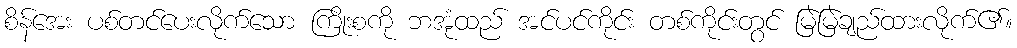
စိန်အေး ပစ်တင်ပေးလိုက်သော ကြိုးစကို ဘအုံထည် အင်ပင်ကိုင်း တစ်ကိုင်းတွင် မြဲမြဲချည်ထားလိုက်၏။